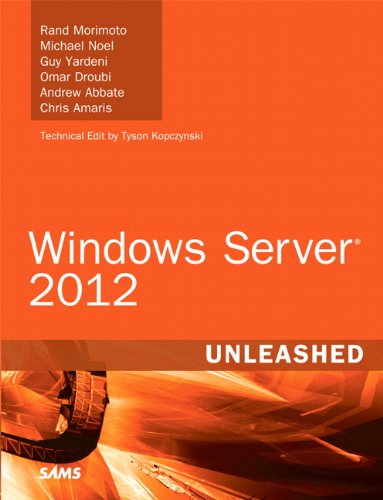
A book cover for Windows Server 2012 Unleashed; Rand Morimoto; Computers & Technology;